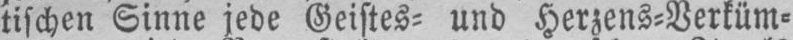
tischen Sinne jede Geistes⸗ und Herzens-Verküm⸗